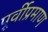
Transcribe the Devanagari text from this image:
पूर्वीप्रमाण